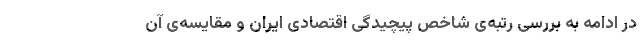
در ادامه به بررسی رتبه‌ی شاخص پیچیدگی اقتصادی ایران و مقایسه‌ی آن